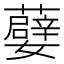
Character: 𭒯